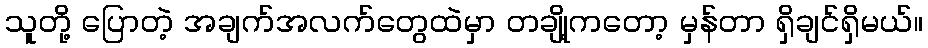
သူတို့ ပြောတဲ့ အချက်အလက်တွေထဲမှာ တချို့ကတော့ မှန်တာ ရှိချင်ရှိမယ်။